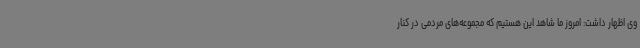
وی اظهار داشت: امروز ما شاهد این هستیم که مجموعه‌های مردمی در کنار